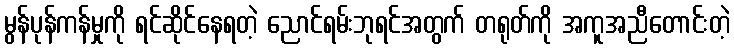
မွန်ပုန်ကန်မှုကို ရင်ဆိုင်နေရတဲ့ ညောင်ရမ်းဘုရင်အတွက် တရုတ်ကို အကူအညီတောင်းတဲ့